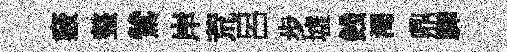
竅整鷥岸荒呂步墟銭渴鼎驊